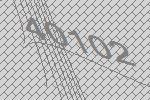
40102